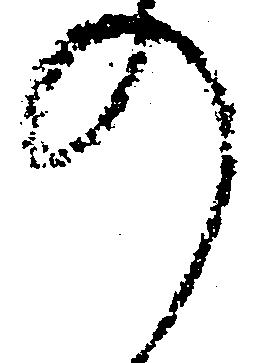
の